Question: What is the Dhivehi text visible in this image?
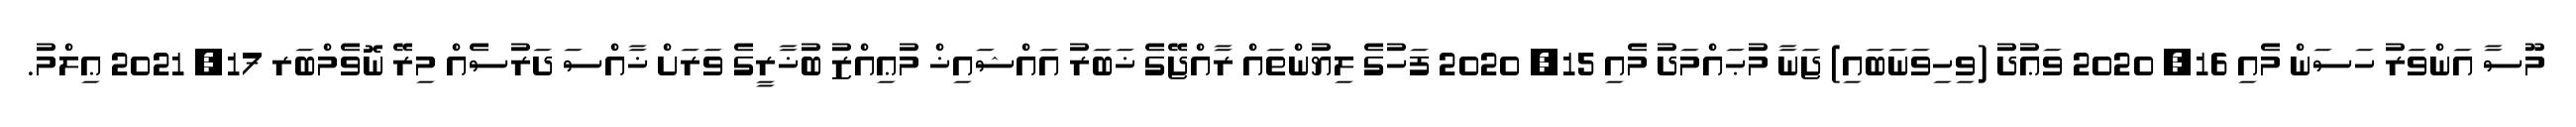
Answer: މޫސާ އަންވަރު ހަސަން މެއި 16, 2020 ވަޢުދު (ވިހިވަނަބައި) ޖަނާ މުޙައްމަދު މެއި 15, 2020 ފަހުގެ ލިޔުންތައް ރާއްޖޭގެ ޚަބަރު އައްޝައިޚް މުޢިއްޒު ބުޚާރީގެ ވަރަށް ޚާއްސަ ދަރުސެއް މިރޭ ނޮވެމްބަރ 17, 2021 ޢިލްމު.